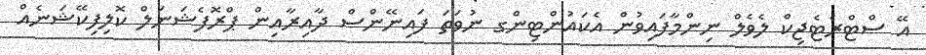
އޭ ސްޓްރެޓެޖިކް ލެވެލް ނިންމާފައިވުން އެކައުންޓިންގ ނުވަތަ ފައިނޭންސް ދާއިރާއިން ޕްރޮފެޝަނަލް ކޮލިފިކޭޝަނެއް